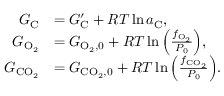
\begin{array} { r l } { G _ { \mathrm { C } } } & { = G _ { \mathrm { C } } ^ { \prime } + { \cal R } T \ln { a _ { \mathrm { C } } } , } \\ { G _ { \mathrm { O _ { 2 } } } } & { = G _ { \mathrm { O _ { 2 } , 0 } } + { \cal R } T \ln { \left( \frac { f _ { \mathrm { O _ { 2 } } } } { P _ { 0 } } \right) } , } \\ { G _ { \mathrm { C O _ { 2 } } } } & { = G _ { \mathrm { C O _ { 2 } , 0 } } + { \cal R } T \ln { \left( \frac { f _ { \mathrm { C O _ { 2 } } } } { P _ { 0 } } \right) } . } \end{array}